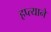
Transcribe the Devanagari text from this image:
हप्त्याने